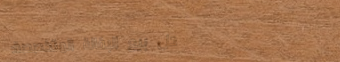
محل بيع البقالة المتخصصة: